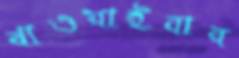
খাওয়াইবার